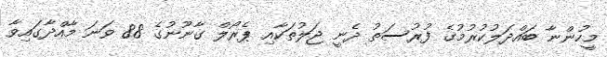
މީހުންނާ ބައްދަލުކުރުމުގެ ފުރުސަތު ދެނީ ޖަލުތަކާއި ޕެރޯލް ގާނޫނުގެ 88 ވަނަ މާއްދާގައިވާ